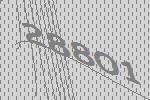
28801